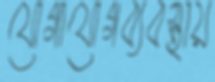
যোগাযোগব্যবস্থায়